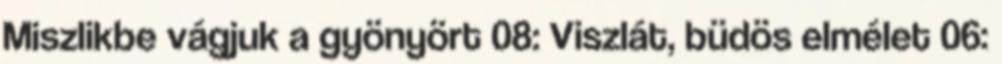
Miszlikbe vágjuk a gyönyört 08: Viszlát, büdös elmélet 06: